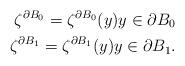
LaTeX: \begin{align*}\zeta^{\partial B_0}=\zeta^{\partial B_0}(y)y\in \partial B_0\\\zeta^{\partial B_1}=\zeta^{\partial B_1}(y)y\in \partial B_1.\end{align*}